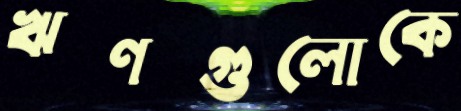
ঋণগুলোকে